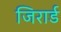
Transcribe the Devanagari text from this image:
जिरार्ड